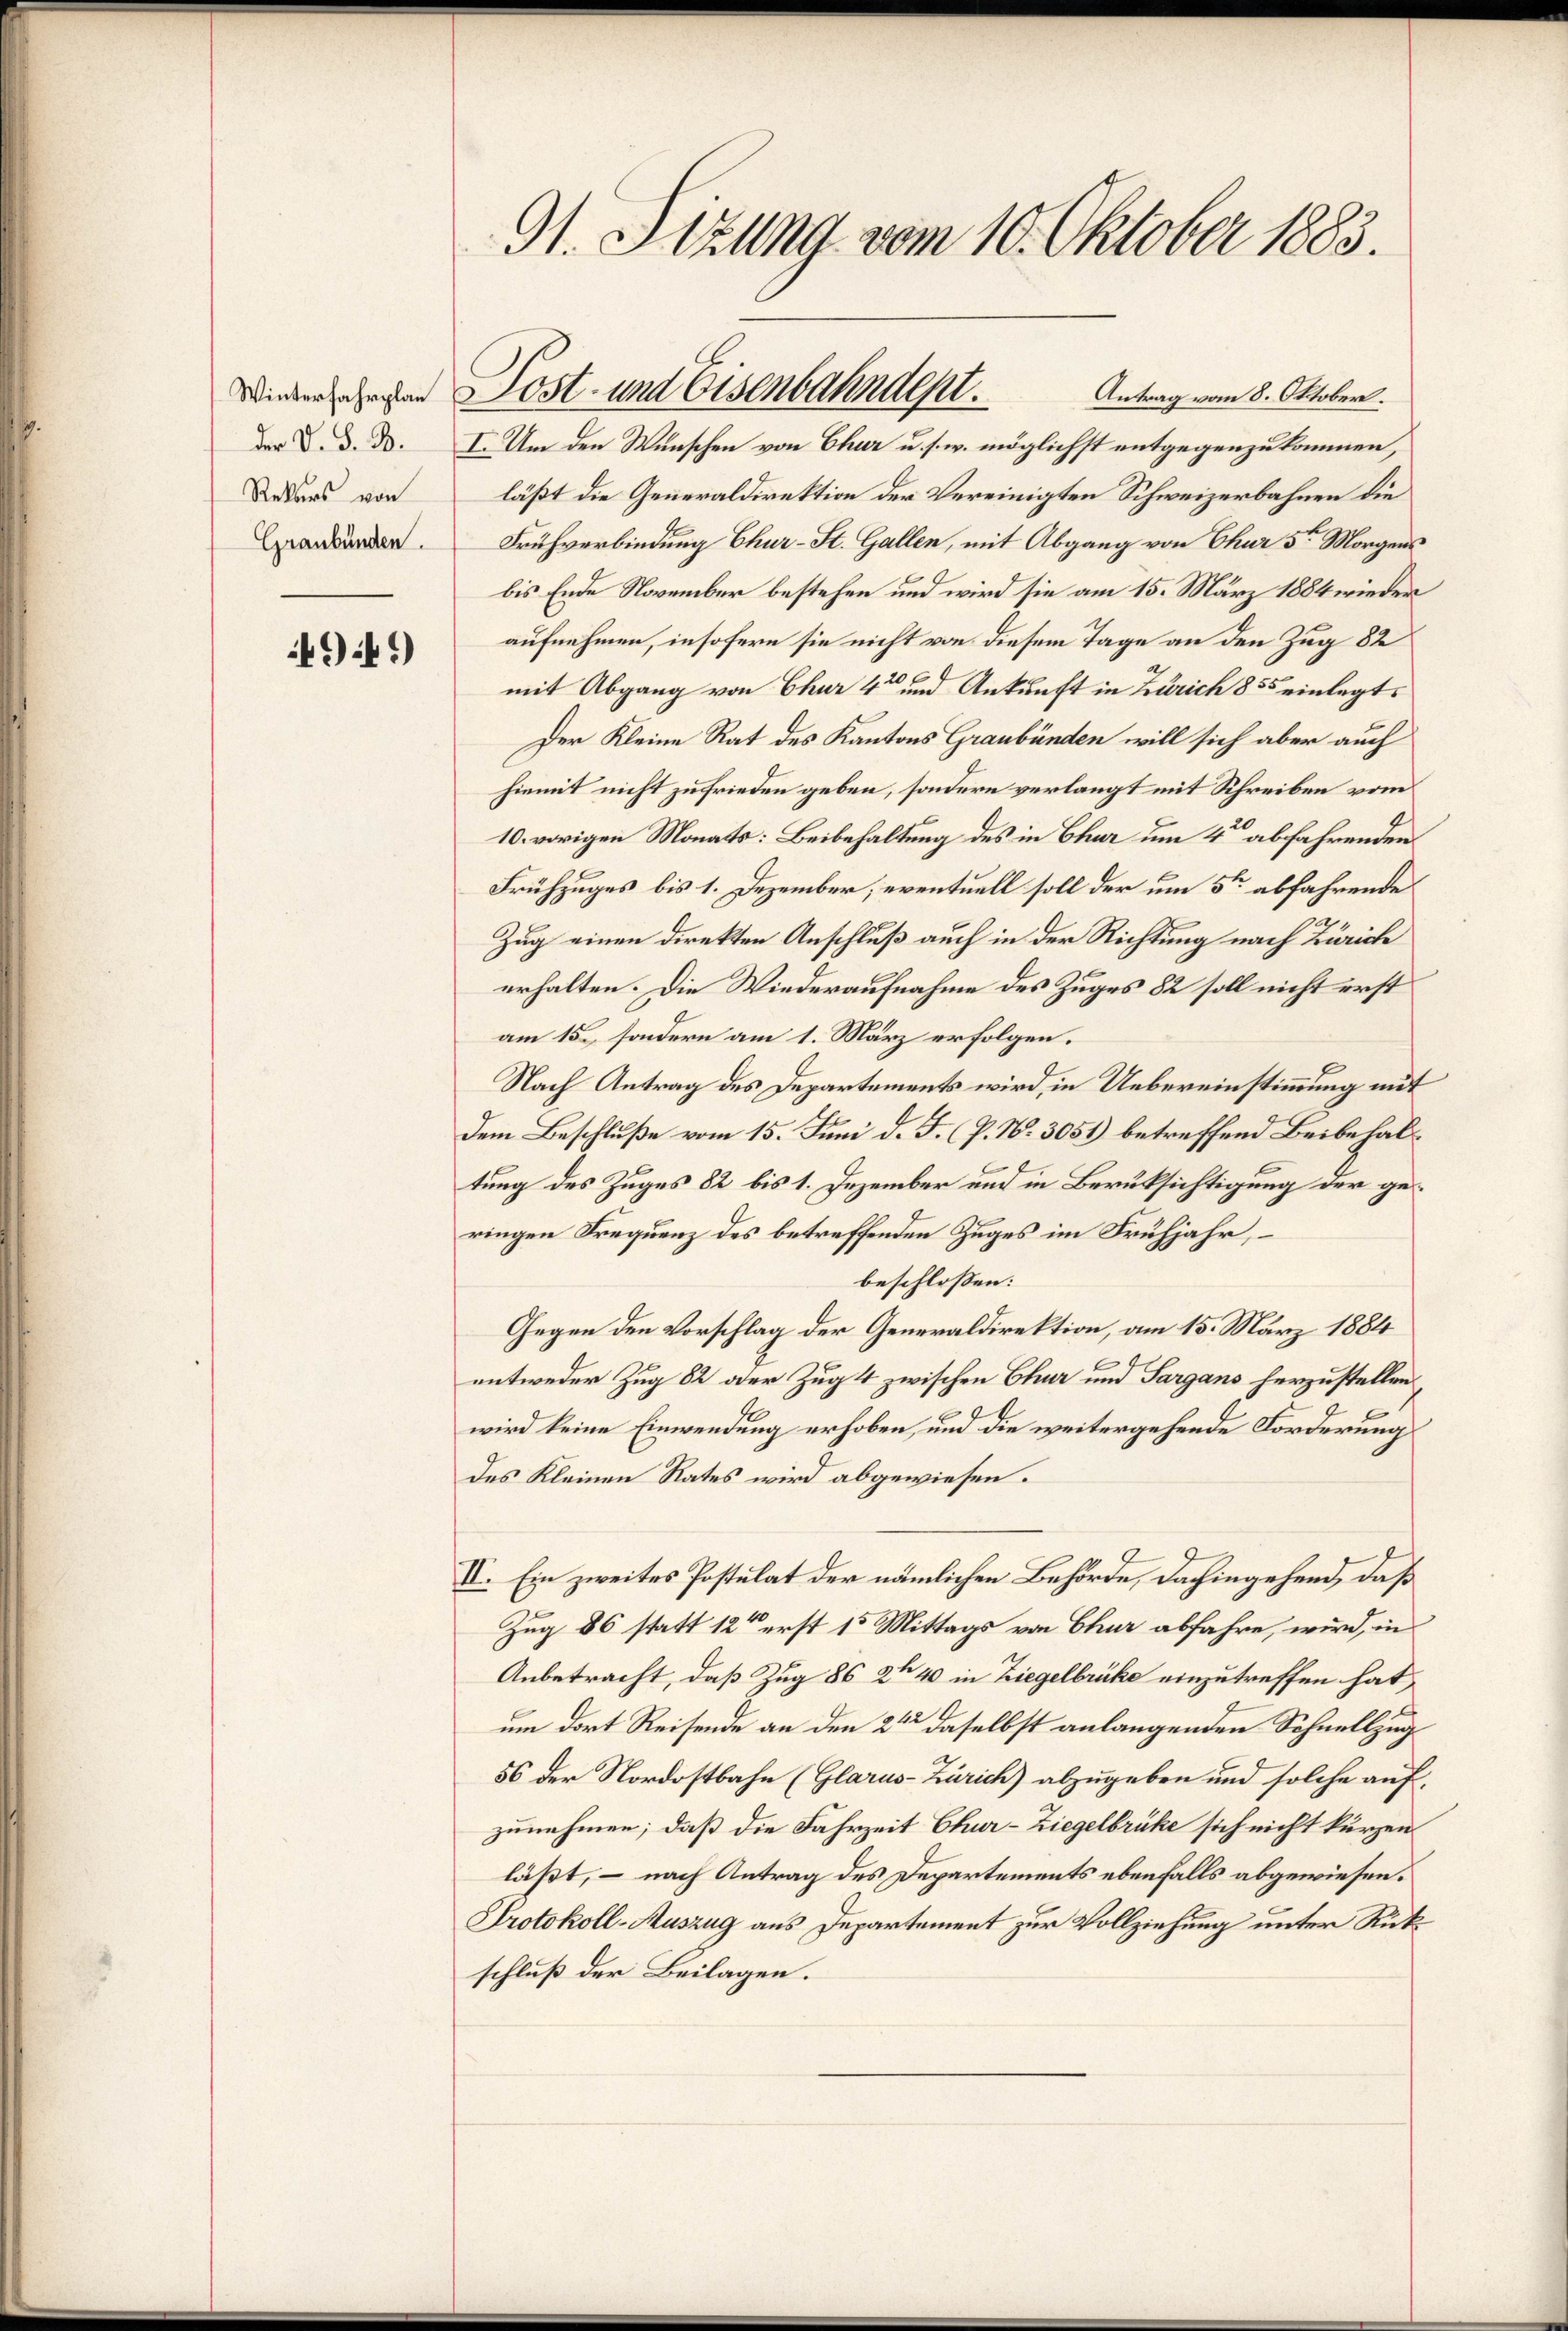
Rekurs von
Graubünden.

4949)

9t. Sizung vom 10. Oktober 1883.

Antrag vom 8. Oktober.
läßt die Generaldirektion der Vereinigten Schweizerbahnen die
Frühverbindung Chur-St. Gallen, mit Abgang von Chur 5 Morgens
6
bis Ende November bestehen und wird sie am 15. März 1884 wieder
aufnehmen, insofern sie nicht von diesem Tage an den Zug 82
mit Abgang von Chur 4 und Ankunft in Zürich 855 einlegt.
Der Kleine Rat des Kantons Graubünden will sich aber auch
hiemit nicht zufrieden geben, sondern verlangt mit Schreiben vom
10. vorigen Monats: Beibehaltung des in Chur um 4 abfahrenden
Frühzuges bis 1. Dezember, eventuell soll der um 5ten abfahrende
Zug einen direkten Anschluß auch in der Richtung nach Zürich
erhalten. Die Wiederaufnahme des Zuges 82 soll nicht erst
am 15., sondern am 1. März erfolgen.
Nach Antrag des Departements wird, in Uebereinstimmung mit
Dem Beschluße vom 15. Juni d. J. (P. N. 3051) betreffend Beibehaltung des Zuges 82 bis 1. Dezember und in Berüksichtigung der geringen Frequenz des betreffenden Zuges im Frühjahr,
beschlossen:
Gegen den Vorschlag der Generaldirektion, am 15. März 1884
entweder Zug 82 oder Zug 4 zwischen Chur und Sargans herzustellen.
wird keine Einwendung erhoben, und die weitergehende Forderung
des Kleinen Rates wird abgewiesen.
II. Ein zweites Postulat der nämlichen Behörde, dahingehend, daß
Zug 86 statt 12 erst 15 Mittags von Chur abfahre, wird, in
Anbetracht, daß Zug 86 2te 4 in Ziegelbrücke einzutreffen hat,
um dort Reisende an den 2ten daselbst anlangenden Schnellzug
56 der Nordostbahn (Glarus-Zürich) abzugeben und solche aufzunehmen; daß die Fahrzeit Chur-Ziegelbrüke sich nicht kurzen
läßt, – nach Antrag des Departements ebenfalls abgewiesen.
Protokoll-Auszug aus Departement zur Vollziehung unter Rückschluß der Beilagen.

Wiedergelegen Lost- und Eisenbahndept.
der V. d. d. I. Um den Wunschen von Chur u. s. w. möglichst entgegenzukommen,